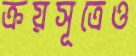
ক্রয়সূত্রেও